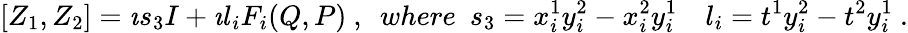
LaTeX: [Z_{1},Z_{2}]=\imath s_{3}I+\imath l_{i}F_{i}(Q,P)\ ,\ \ where\ \ s_{3}=x_{i}^{1}y_{i}^{2}-x_{i}^{2}y_{i}^{1}\quad l_{i}=t^{1}y_{i}^{2}-t^{2}y_{i}^{1}\ .